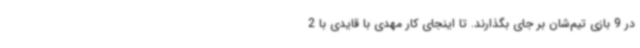
در 9 بازی تیم‌شان بر جای بگذارند. تا اینجای کار مهدی با قایدی با 2